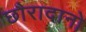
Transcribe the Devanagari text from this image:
छौरादानो